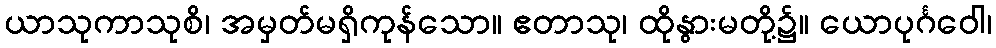
ယာသုကာသုစိ၊ အမှတ်မရှိကုန်သော။ ဧတာသု၊ ထိုနွားမတို့၌။ ယောပုင်္ဂဝေါ၊